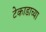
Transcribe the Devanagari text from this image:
टेकाडाच्या